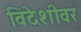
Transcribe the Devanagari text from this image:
विदेशीवर